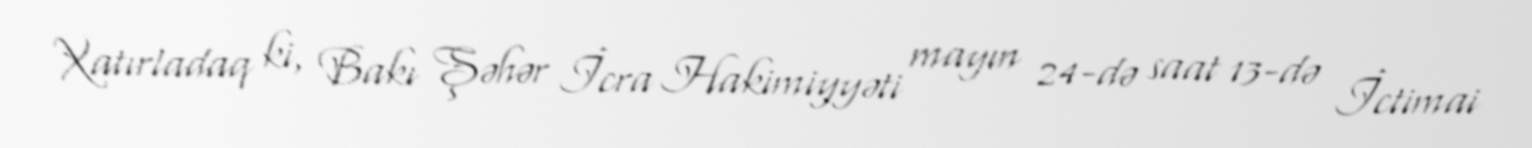
Xatırladaq ki, Bakı Şəhər İcra Hakimiyyəti mayın 24-də saat 13-də İctimai